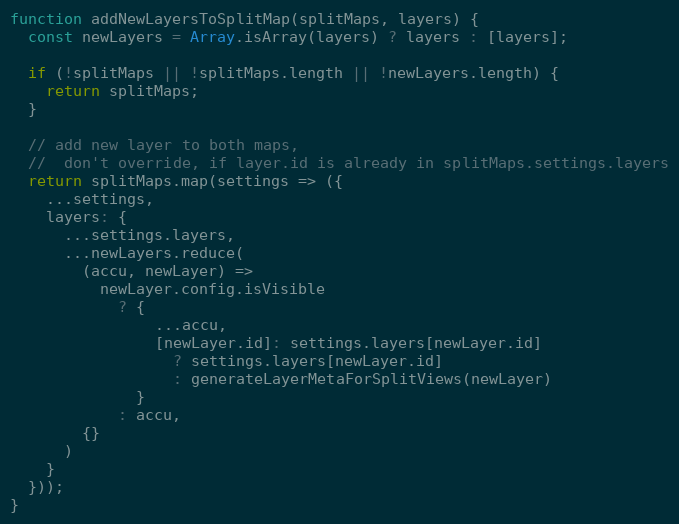
Language: JavaScript
function addNewLayersToSplitMap(splitMaps, layers) {
  const newLayers = Array.isArray(layers) ? layers : [layers];

  if (!splitMaps || !splitMaps.length || !newLayers.length) {
    return splitMaps;
  }

  // add new layer to both maps,
  //  don't override, if layer.id is already in splitMaps.settings.layers
  return splitMaps.map(settings => ({
    ...settings,
    layers: {
      ...settings.layers,
      ...newLayers.reduce(
        (accu, newLayer) =>
          newLayer.config.isVisible
            ? {
                ...accu,
                [newLayer.id]: settings.layers[newLayer.id]
                  ? settings.layers[newLayer.id]
                  : generateLayerMetaForSplitViews(newLayer)
              }
            : accu,
        {}
      )
    }
  }));
}